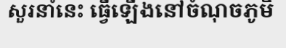
សួរនាំនេះ ធ្វើឡើងនៅចំណុចភូមិ